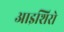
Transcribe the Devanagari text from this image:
आइशिरो